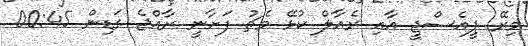
މިރޭ ޕީއެސްޖީ އާއި ރެއާލް ކުޅޭ މެޗު ފަށާނީ ރާއްޖެ ގަޑިން 00:45